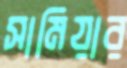
সামিয়ার